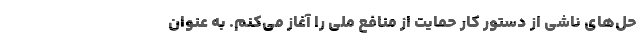
حل‌های ناشی از دستور کار حمایت از منافع ملی را آغاز می‌کنم. به عنوان